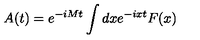
A ( t ) = e ^ { - i M t } \int { d x e ^ { - i x t } F ( x ) }